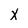
Character: y